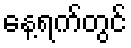
နေ့ရက်တွင်